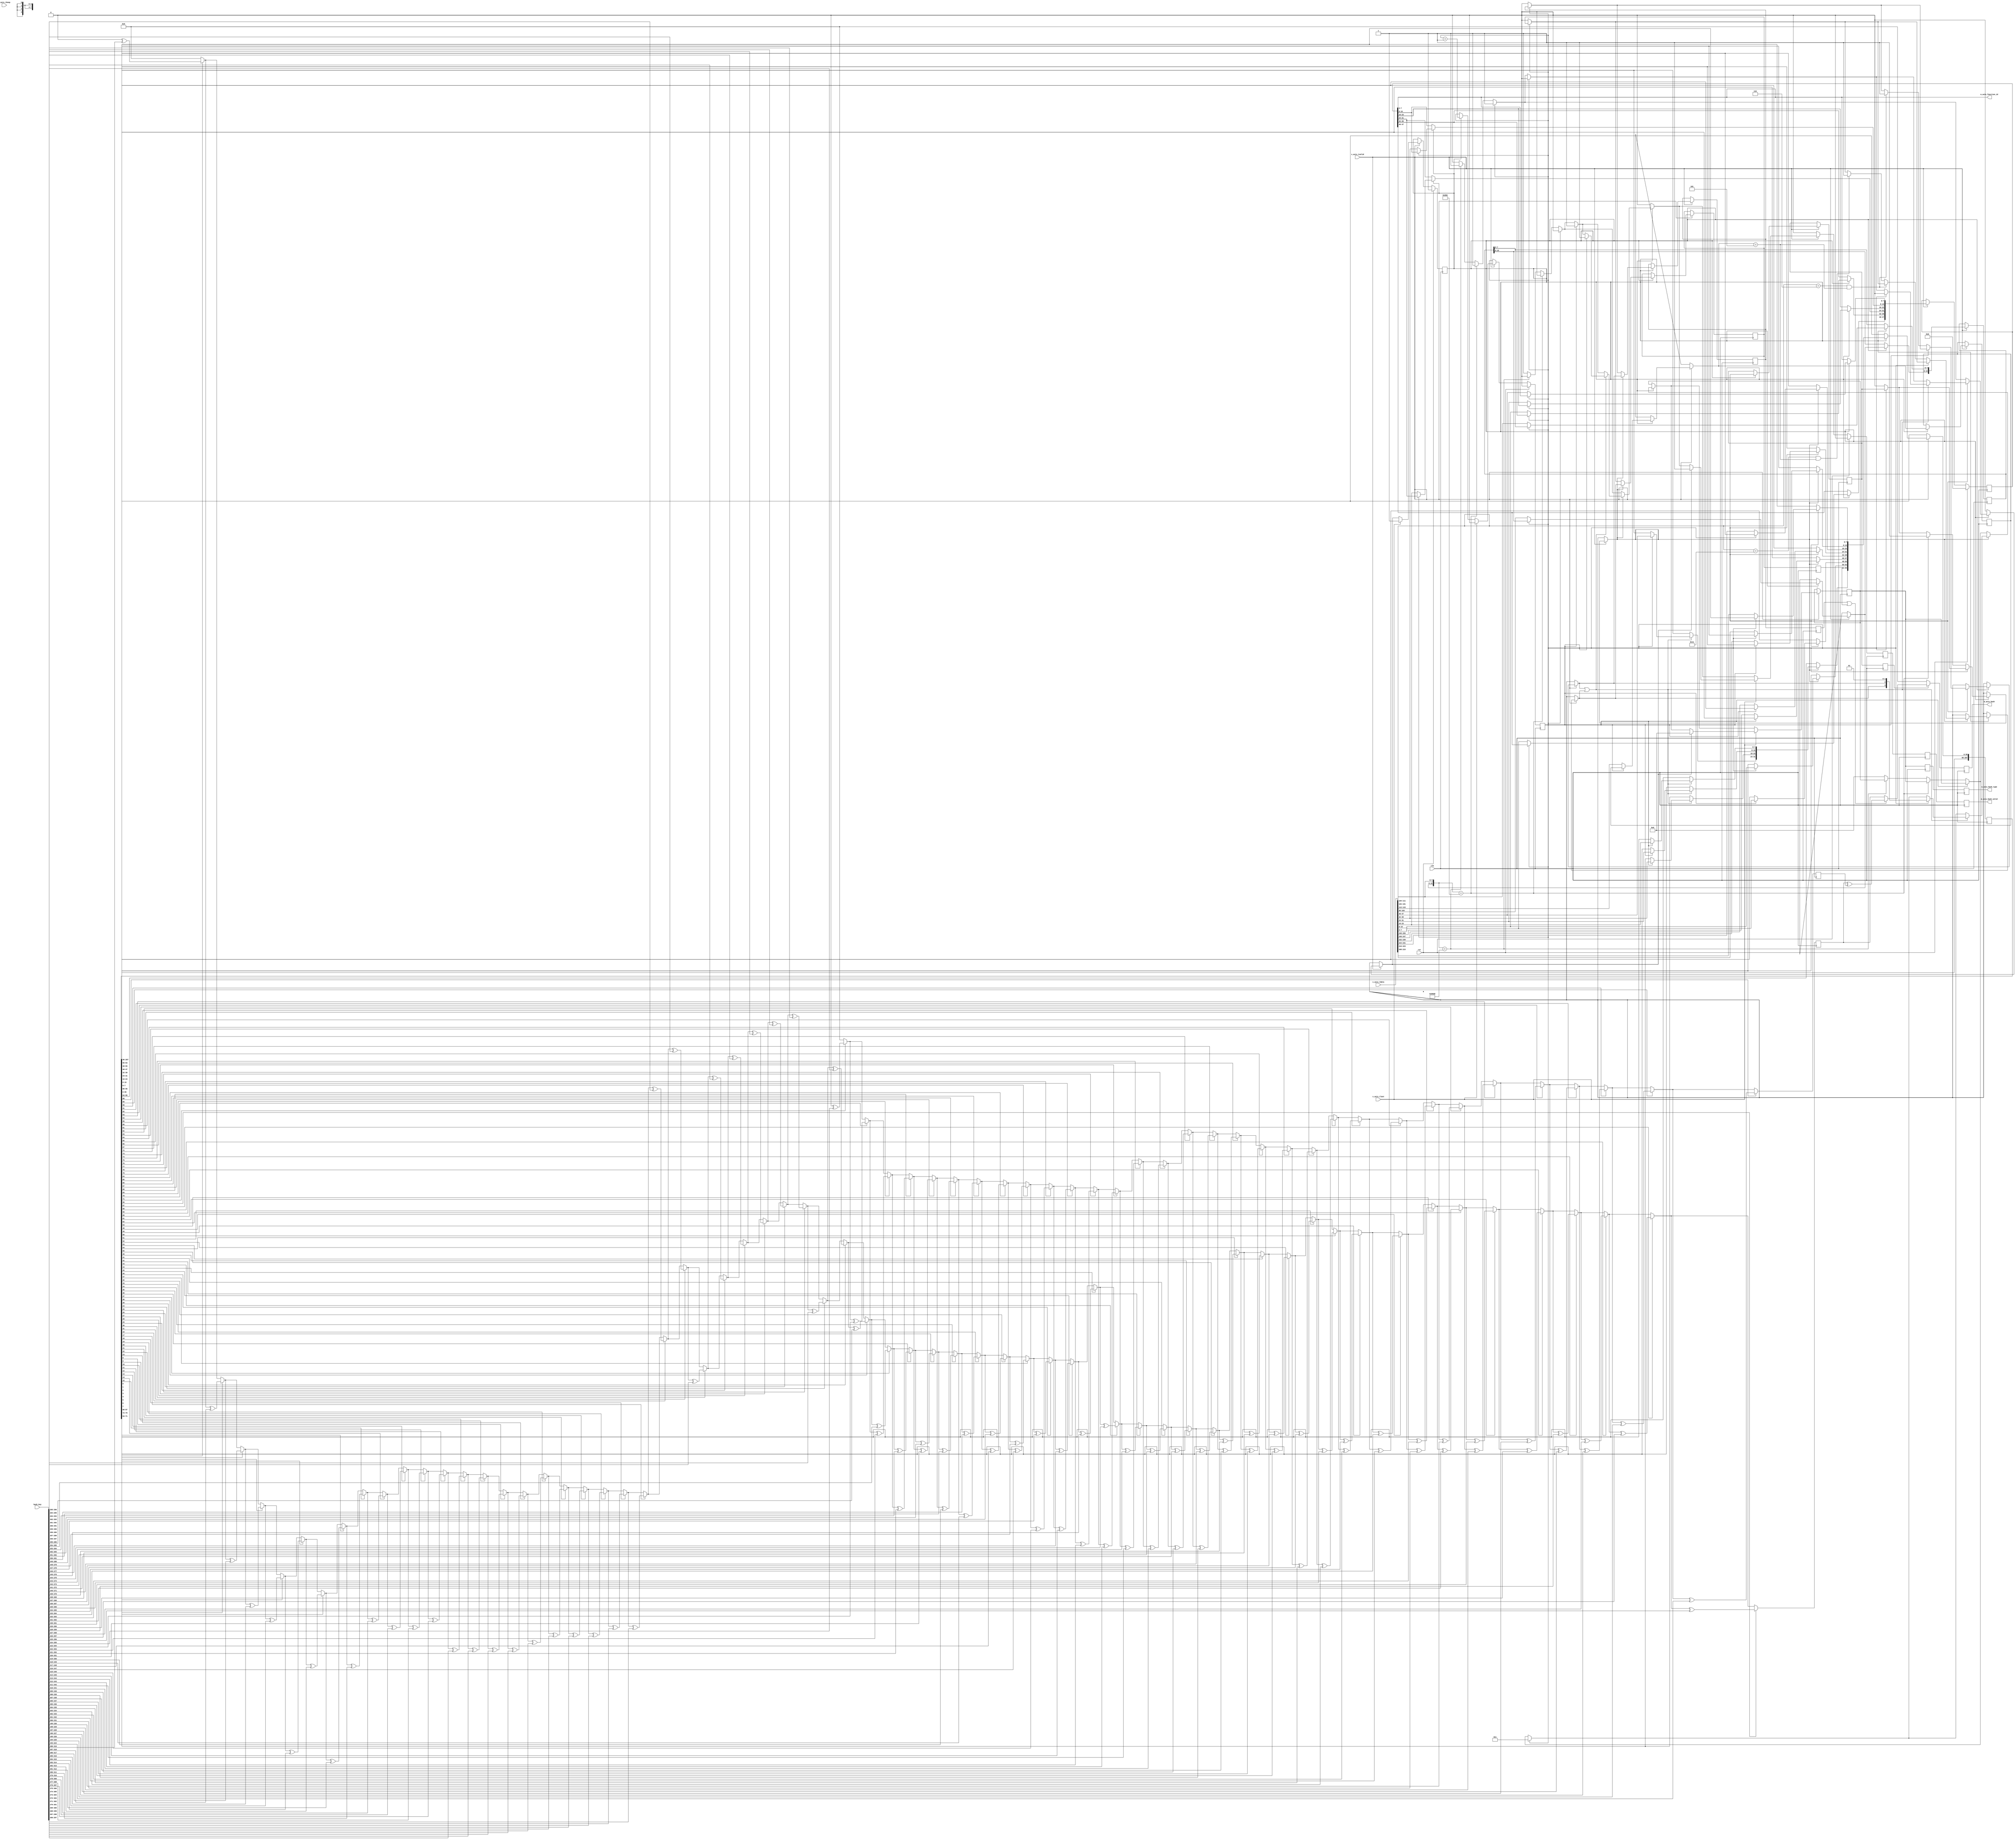
// SPDX-License-Identifier: BSD-2-Clause-Views
/*
 * Copyright (c) 2019-2023 The Regents of the University of California
 */

// Language: Verilog 2001

`resetall
`timescale 1ns / 1ps
`default_nettype none

/*
 * Receive hashing module
 */
module rx_hash #
(
    // Width of AXI stream interfaces in bits
    parameter DATA_WIDTH = 256,
    // AXI stream tkeep signal width (words per cycle)
    parameter KEEP_WIDTH = (DATA_WIDTH/8)
)
(
    input  wire                   clk,
    input  wire                   rst,

    /*
     * AXI input
     */
    input  wire [DATA_WIDTH-1:0]  s_axis_tdata,
    input  wire [KEEP_WIDTH-1:0]  s_axis_tkeep,
    input  wire                   s_axis_tvalid,
    input  wire                   s_axis_tlast,

    /*
     * Control
     */
    input  wire [40*8-1:0]        hash_key,

    /*
     * Hash output
     */
    output wire [31:0]            m_axis_hash,
	output wire [7:0]			  m_axis_function_id,
    output wire [3:0]             m_axis_hash_type,
    output wire                   m_axis_hash_valid
);

parameter CYCLE_COUNT = (38+KEEP_WIDTH-1)/KEEP_WIDTH;

parameter PTR_WIDTH = $clog2(CYCLE_COUNT);

// bus width assertions
initial begin
    if (KEEP_WIDTH * 8 != DATA_WIDTH) begin
        $error("Error: AXI stream interface requires byte (8-bit) granularity (instance %m)");
        $finish;
    end
end

/*

TCP/UDP Frame (IPv4)

 Field                       Length
 Destination MAC address     6 octets
 Source MAC address          6 octets
 Ethertype (0x0800)          2 octets
 Version (4)                 4 bits
 IHL (5-15)                  4 bits
 DSCP (0)                    6 bits
 ECN (0)                     2 bits
 length                      2 octets
 identification (0?)         2 octets
 flags (010)                 3 bits
 fragment offset (0)         13 bits
 time to live (64?)          1 octet
 protocol (6 or 17)          1 octet
 header checksum             2 octets
 source IP                   4 octets
 destination IP              4 octets
 options                     (IHL-5)*4 octets

 source port                 2 octets
 desination port             2 octets
 other fields + payload

TCP/UDP Frame (IPv6)

 Field                       Length
 Destination MAC address     6 octets
 Source MAC address          6 octets
 Ethertype (0x86dd)          2 octets
 Version (4)                 4 bits
 Traffic class               8 bits
 Flow label                  20 bits
 length                      2 octets
 next header (6 or 17)       1 octet
 hop limit                   1 octet
 source IP                   16 octets
 destination IP              16 octets

 source port                 2 octets
 desination port             2 octets
 other fields + payload

*/

reg active_reg = 1'b1, active_next;
reg [PTR_WIDTH-1:0] ptr_reg = 0, ptr_next;

reg [15:0] eth_type_reg = 15'd0, eth_type_next;
reg [47:0] dest_mac_reg = 48'd0, dest_mac_next;
reg [3:0] ihl_reg = 4'd0, ihl_next;

reg [36*8-1:0] hash_data_reg = 0, hash_data_next;
reg hash_data_ipv4_reg = 1'b0, hash_data_ipv4_next;
reg hash_data_tcp_reg = 1'b0, hash_data_tcp_next;
reg hash_data_udp_reg = 1'b0, hash_data_udp_next;
reg [3:0] hash_data_type_reg = 4'b0000, hash_data_type_next;
reg hash_data_valid_reg = 0, hash_data_valid_next;

reg [31:0] hash_part_ipv4_ip_reg = 32'd0;
reg [31:0] hash_part_ipv4_port_reg = 32'd0;
reg hash_part_ipv4_reg = 0;
reg hash_part_tcp_reg = 0;
reg hash_part_udp_reg = 0;
reg [3:0] hash_part_type_reg = 4'b0000;
reg hash_part_valid_reg = 0;

reg [31:0] hash_reg = 32'd0;
reg [3:0] hash_type_reg = 4'b0000;
reg hash_valid_reg = 0;

assign m_axis_hash = hash_reg;
assign m_axis_hash_type = hash_type_reg;
assign m_axis_hash_valid = hash_valid_reg;

assign m_axis_function_id = dest_mac_reg[7:0];

function [31:0] hash_toep(input [36*8-1:0] data, input [5:0] len, input [40*8-1:0] key);
    integer i, j;
    begin
        hash_toep = 0;
        for (i = 0; i < len; i = i + 1) begin
            for (j = 0; j < 8; j = j + 1) begin
                if (data[i*8 + (7-j)]) begin
                    hash_toep = hash_toep ^ key[40*8 - 32 - i*8 - j +: 32];
                end
            end
        end
    end
endfunction

// compute toeplitz hashes
wire [31:0] hash_part_ipv4_ip = hash_toep(hash_data_reg, 8, hash_key);
wire [31:0] hash_part_ipv4_port = hash_toep(hash_data_reg >> 8*8, 4, hash_key << 8*8);

always @* begin
    active_next = active_reg;
    ptr_next = ptr_reg;

    eth_type_next = eth_type_reg;
	dest_mac_next = dest_mac_reg;
    ihl_next = ihl_reg;

    hash_data_next = hash_data_reg;
    hash_data_ipv4_next = hash_data_ipv4_reg;
    hash_data_tcp_next = hash_data_tcp_reg;
    hash_data_udp_next = hash_data_udp_reg;
    hash_data_type_next = hash_data_type_reg;
    hash_data_valid_next = 1'b0;

    if (s_axis_tvalid) begin
        if (active_reg) begin
            ptr_next = ptr_reg + 1;

            if (ptr_reg == 0) begin
                hash_data_ipv4_next = 1'b0;
                hash_data_tcp_next = 1'b0;
                hash_data_udp_next = 1'b0;
            end
			if (ptr_reg == 0/KEEP_WIDTH) begin
				// destination address
				dest_mac_next[47:40] = s_axis_tdata[(0 % KEEP_WIDTH)*8 +: 8];
			end
			if (ptr_reg == 1/KEEP_WIDTH) begin
				// destination address
				dest_mac_next[39:32] = s_axis_tdata[(1 % KEEP_WIDTH)*8 +: 8];
			end
			if (ptr_reg == 2/KEEP_WIDTH) begin
				// destination address
				dest_mac_next[31:24] = s_axis_tdata[(2 % KEEP_WIDTH)*8 +: 8];
			end
			if (ptr_reg == 3/KEEP_WIDTH) begin
				// destination address
				dest_mac_next[23:16] = s_axis_tdata[(3 % KEEP_WIDTH*8) +: 8];
			end
			if (ptr_reg == 4/KEEP_WIDTH) begin
				// destination address
				dest_mac_next[15:8] = s_axis_tdata[(4 % KEEP_WIDTH*8) +: 8];
			end
			if (ptr_reg == 5/KEEP_WIDTH) begin
				// destination address
				dest_mac_next[7:0] = s_axis_tdata[(5 % KEEP_WIDTH*8) +: 8];
			end

            if (ptr_reg == 12/KEEP_WIDTH) begin
                // eth type MSB
                eth_type_next[15:8] = s_axis_tdata[(12%KEEP_WIDTH)*8 +: 8];
            end
            if (ptr_reg == 13/KEEP_WIDTH) begin
                // eth type LSB
                eth_type_next[7:0] = s_axis_tdata[(13%KEEP_WIDTH)*8 +: 8];

                // check eth type
                if (eth_type_next == 16'h0800) begin
                    // ipv4
                    hash_data_ipv4_next = 1'b1;
                end else if (eth_type_next == 16'h86dd) begin
                    // ipv6
                    // TODO
                end else begin
                    // other
                    hash_data_type_next = 4'b0000;
                    hash_data_valid_next = 1'b1;
                    active_next = 1'b0;
                end
            end
            if (ptr_reg == 14/KEEP_WIDTH) begin
                // capture IHL
                ihl_next = s_axis_tdata[(14%KEEP_WIDTH)*8 +: 8];
            end
            if (hash_data_ipv4_next) begin
                if (ptr_reg == 23/KEEP_WIDTH) begin
                    // capture protocol
                    if (s_axis_tdata[(23%KEEP_WIDTH)*8 +: 8] == 8'h06 && ihl_next == 5) begin
                        // TCP
                        hash_data_tcp_next = 1'b1;
                    end else if (s_axis_tdata[(23%KEEP_WIDTH)*8 +: 8] == 8'h11 && ihl_next == 5) begin
                        // UDP
                        hash_data_udp_next = 1'b1;
                    end
                end
                if (ptr_reg == 26/KEEP_WIDTH) begin
                    // capture source IP
                    hash_data_next[7:0] = s_axis_tdata[(26%KEEP_WIDTH)*8 +: 8];
                end
                if (ptr_reg == 27/KEEP_WIDTH) begin
                    // capture source IP
                    hash_data_next[15:8] = s_axis_tdata[(27%KEEP_WIDTH)*8 +: 8];
                end
                if (ptr_reg == 28/KEEP_WIDTH) begin
                    // capture source IP
                    hash_data_next[23:16] = s_axis_tdata[(28%KEEP_WIDTH)*8 +: 8];
                end
                if (ptr_reg == 29/KEEP_WIDTH) begin
                    // capture source IP
                    hash_data_next[31:24] = s_axis_tdata[(29%KEEP_WIDTH)*8 +: 8];
                end
                if (ptr_reg == 30/KEEP_WIDTH) begin
                    // capture dest IP
                    hash_data_next[39:32] = s_axis_tdata[(30%KEEP_WIDTH)*8 +: 8];
                end
                if (ptr_reg == 31/KEEP_WIDTH) begin
                    // capture dest IP
                    hash_data_next[47:40] = s_axis_tdata[(31%KEEP_WIDTH)*8 +: 8];
                end
                if (ptr_reg == 32/KEEP_WIDTH) begin
                    // capture dest IP
                    hash_data_next[55:48] = s_axis_tdata[(32%KEEP_WIDTH)*8 +: 8];
                end
                if (ptr_reg == 33/KEEP_WIDTH) begin
                    // capture dest IP
                    hash_data_next[63:56] = s_axis_tdata[(33%KEEP_WIDTH)*8 +: 8];
                    if (!(hash_data_tcp_next || hash_data_udp_next)) begin
                        hash_data_type_next = {1'b0, 1'b0, 1'b0, 1'b1};
                        hash_data_valid_next = 1'b1;
                        active_next = 1'b0;
                    end
                end
                if (hash_data_tcp_next || hash_data_udp_next) begin
                    // TODO IHL (skip options)
                    if (ptr_reg == 34/KEEP_WIDTH) begin
                        // capture source port
                        hash_data_next[71:64] = s_axis_tdata[(34%KEEP_WIDTH)*8 +: 8];
                    end
                    if (ptr_reg == 35/KEEP_WIDTH) begin
                        // capture source port
                        hash_data_next[79:72] = s_axis_tdata[(35%KEEP_WIDTH)*8 +: 8];
                    end
                    if (ptr_reg == 36/KEEP_WIDTH) begin
                        // capture dest port
                        hash_data_next[87:80] = s_axis_tdata[(36%KEEP_WIDTH)*8 +: 8];
                    end
                    if (ptr_reg == 37/KEEP_WIDTH) begin
                        // capture dest port
                        hash_data_next[95:88] = s_axis_tdata[(37%KEEP_WIDTH)*8 +: 8];
                        hash_data_type_next = {hash_data_udp_next, hash_data_tcp_next, 1'b0, 1'b1};
                        hash_data_valid_next = 1'b1;
                        active_next = 1'b0;
                    end
                end
            end
        end

        if (s_axis_tlast) begin
            if (active_next) begin
                hash_data_type_next = 4'b0000;
                hash_data_valid_next = 1'b1;
            end
            ptr_next = 0;
            active_next = 1'b1;
        end
    end
end

always @(posedge clk) begin
    active_reg <= active_next;
    ptr_reg <= ptr_next;

    eth_type_reg <= eth_type_next;
	dest_mac_reg <= dest_mac_next; // Scott
    ihl_reg <= ihl_next;

    hash_data_reg <= hash_data_next;
    hash_data_ipv4_reg <= hash_data_ipv4_next;
    hash_data_tcp_reg <= hash_data_tcp_next;
    hash_data_udp_reg <= hash_data_udp_next;
    hash_data_type_reg <= hash_data_type_next;
    hash_data_valid_reg <= hash_data_valid_next;

    hash_part_ipv4_ip_reg <= hash_part_ipv4_ip;
    hash_part_ipv4_port_reg <= hash_part_ipv4_port;
    hash_part_ipv4_reg <= hash_data_ipv4_reg;
    hash_part_tcp_reg <= hash_data_tcp_reg;
    hash_part_udp_reg <= hash_data_udp_reg;
    hash_part_type_reg <= hash_data_type_reg;
    hash_part_valid_reg <= hash_data_valid_reg;

    if (hash_part_ipv4_reg) begin
        if (hash_part_tcp_reg || hash_part_udp_reg) begin
            hash_reg <= hash_part_ipv4_ip_reg ^ hash_part_ipv4_port_reg;
        end else begin
            hash_reg <= hash_part_ipv4_ip_reg;
        end
    end else begin
        hash_reg <= 0;
    end
    hash_type_reg <= hash_part_type_reg;
    hash_valid_reg <= hash_part_valid_reg;

    if (rst) begin
        active_reg <= 1'b1;
        ptr_reg <= 0;
        hash_data_valid_reg <= 0;
		dest_mac_reg <= 48'b0;
    end
end

endmodule

`resetall